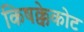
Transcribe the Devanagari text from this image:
किषक्केकोट